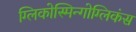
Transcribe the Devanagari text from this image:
ग्लिकोस्मिन्गोग्लिकंस